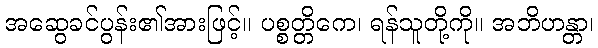
အဆွေခင်ပွန်း၏အားဖြင့်။ ပစ္စတ္တိကေ၊ ရန်သူတို့ကို။ အဘိဟန္တာ၊